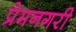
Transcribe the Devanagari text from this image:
प्रेमनगरी